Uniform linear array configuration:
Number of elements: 48
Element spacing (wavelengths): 0.25
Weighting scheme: binomial
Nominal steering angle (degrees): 30
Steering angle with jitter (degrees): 28.16
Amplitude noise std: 0.05
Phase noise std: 0.05

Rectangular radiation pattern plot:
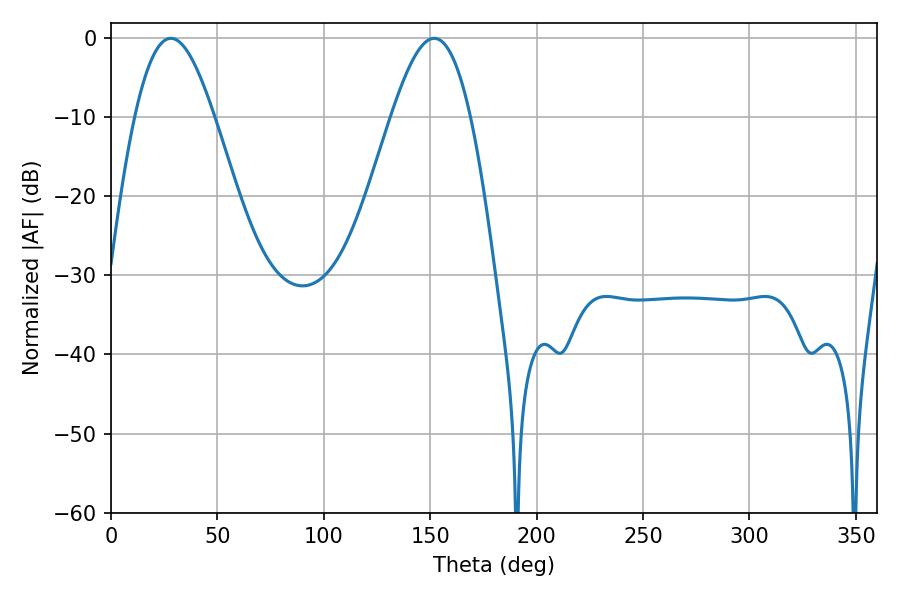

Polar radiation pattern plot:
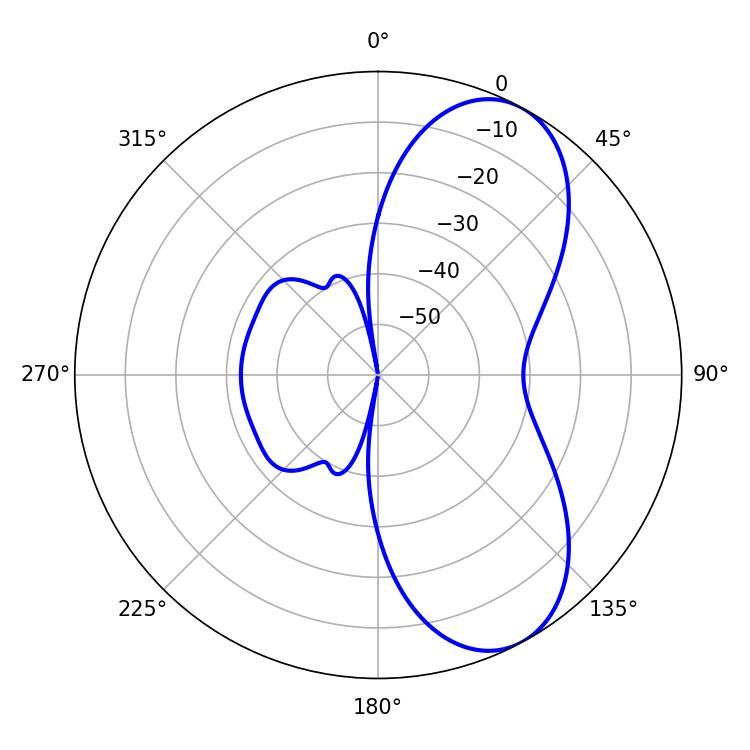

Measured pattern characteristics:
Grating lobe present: FALSE
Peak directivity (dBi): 7.335
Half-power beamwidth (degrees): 20.16
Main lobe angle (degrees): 28.08